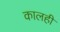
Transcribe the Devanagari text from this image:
कालही